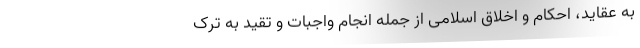
به عقاید، احکام و اخلاق اسلامی از جمله ‌انجام واجبات و تقید به ترک